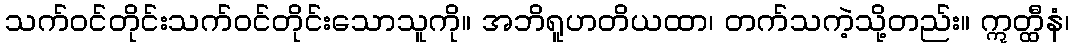
သက်ဝင်တိုင်းသက်ဝင်တိုင်းသောသူကို။ အဘိရူဟတိယထာ၊ တက်သကဲ့သို့တည်း။ ဣတ္ထီနံ၊